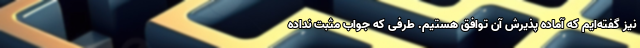
نیز گفته‌ایم که آماده پذیرش آن توافق هستیم. طرفی که جواب مثبت نداده